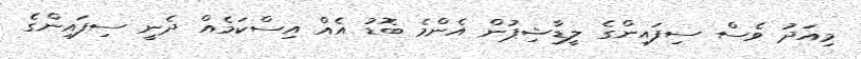
މިއަދު ވެސް ސިފައިންގެ ލީޑާޝިޕުން އެންމެ ބޮޑު އެއް އިސްކަމެއް ދެނީ ސިފައިންގެ